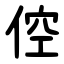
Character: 倥